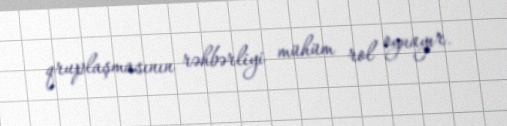
qruplaşmasının rəhbərliyi mühüm rol oynayır.